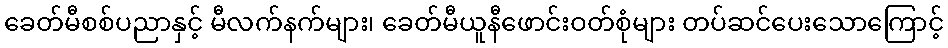
ခေတ်မီစစ်ပညာနှင့် မီလက်နက်များ၊ ခေတ်မီယူနီဖောင်းဝတ်စုံများ တပ်ဆင်ပေးသောကြောင့်